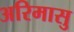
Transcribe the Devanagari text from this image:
अरिमासु